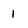
Character: 1